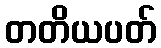
တတိယပတ်